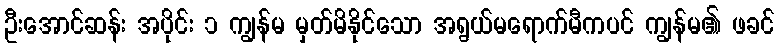
ဦးအောင်ဆန်း အပိုင်း ၁ ကျွန်မ မှတ်မိနိုင်သော အရွယ်မရောက်မီကပင် ကျွန်မ၏ ဖခင်